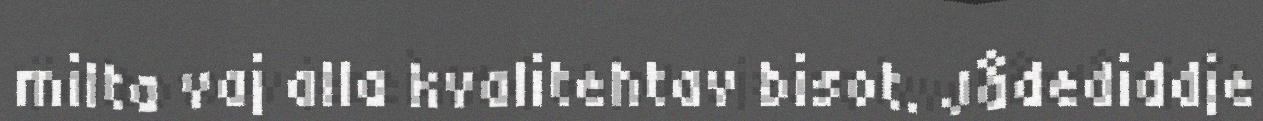
milta vaj alla kvalitehtav bisot. Jådediddje